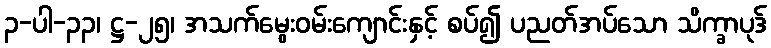
၃-ပါ-၃၃၊ ဋ္ဌ-၂၅၊ အသက်မွေးဝမ်းကျောင်းနှင့် စပ်၍ ပညတ်အပ်သော သိက္ခာပုဒ်